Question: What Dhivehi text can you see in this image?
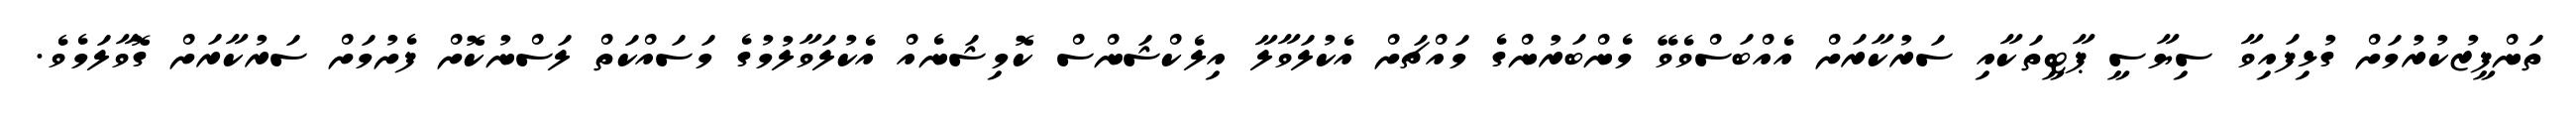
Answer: ތަންފީޒުކުރުމަށް ގުޅިފައިވާ ސިޔާސީ ޕާޓީތަކާއި ސަރުކާރަށް އެއްބަސްވެވޭ މެންބަރުންގެ މައްޗަށް އެކުލަވާލާ އިލެކްޝަންސް ކޮމިޝަނެއް އެކުލަވާލުމުގެ މަސައްކަތް ލަސްނުކޮށް ފެށުމަށް ސަރުކާރަށް ގޮވާލަމެވެ.